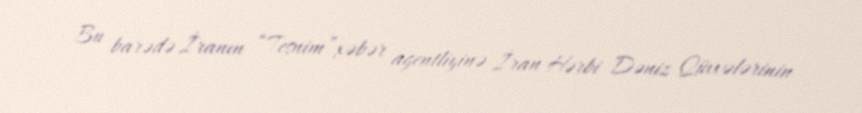
Bu barədə İranın “Tesnim”xəbər agentliyinə İran Hərbi Dəniz Qüvvələrinin